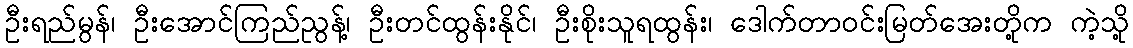
ဦးရည်မွန်၊ ဦးအောင်ကြည်ညွန့်၊ ဦးတင်ထွန်းနိုင်၊ ဦးစိုးသူရထွန်း၊ ဒေါက်တာဝင်းမြတ်အေးတို့က ကဲ့သို့